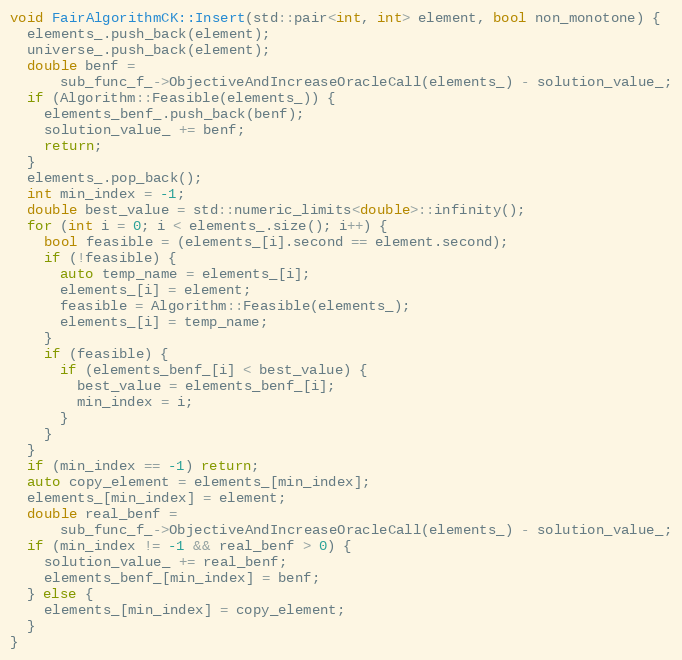
Language: C++
void FairAlgorithmCK::Insert(std::pair<int, int> element, bool non_monotone) {
  elements_.push_back(element);
  universe_.push_back(element);
  double benf =
      sub_func_f_->ObjectiveAndIncreaseOracleCall(elements_) - solution_value_;
  if (Algorithm::Feasible(elements_)) {
    elements_benf_.push_back(benf);
    solution_value_ += benf;
    return;
  }
  elements_.pop_back();
  int min_index = -1;
  double best_value = std::numeric_limits<double>::infinity();
  for (int i = 0; i < elements_.size(); i++) {
    bool feasible = (elements_[i].second == element.second);
    if (!feasible) {
      auto temp_name = elements_[i];
      elements_[i] = element;
      feasible = Algorithm::Feasible(elements_);
      elements_[i] = temp_name;
    }
    if (feasible) {
      if (elements_benf_[i] < best_value) {
        best_value = elements_benf_[i];
        min_index = i;
      }
    }
  }
  if (min_index == -1) return;
  auto copy_element = elements_[min_index];
  elements_[min_index] = element;
  double real_benf =
      sub_func_f_->ObjectiveAndIncreaseOracleCall(elements_) - solution_value_;
  if (min_index != -1 && real_benf > 0) {
    solution_value_ += real_benf;
    elements_benf_[min_index] = benf;
  } else {
    elements_[min_index] = copy_element;
  }
}